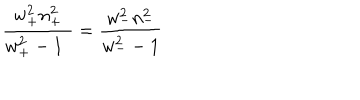
\frac { w _ { + } ^ { 2 } n _ { + } ^ { 2 } } { w _ { + } ^ { 2 } - 1 \ \, } = \frac { w _ { - } ^ { 2 } n _ { - } ^ { 2 } } { w _ { - } ^ { 2 } - 1 }